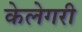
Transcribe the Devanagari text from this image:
केलेगरी